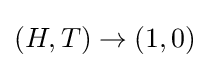
(H,T)\to (1,0)